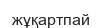
жұқартпай